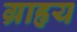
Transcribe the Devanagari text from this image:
ग्राहृय